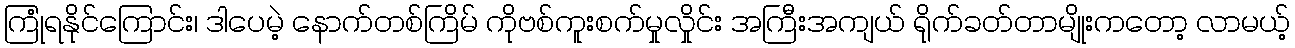
ကြုံရနိုင်ကြောင်း၊ ဒါပေမဲ့ နောက်တစ်ကြိမ် ကိုဗစ်ကူးစက်မှုလှိုင်း အကြီးအကျယ် ရိုက်ခတ်တာမျိုးကတော့ လာမယ့်